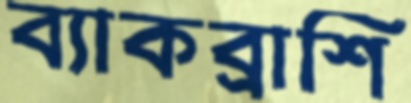
ব্যাকব্রাশি